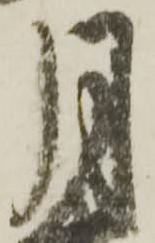
月